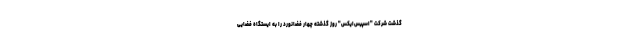
گذشت شرکت "اسپیس‌ایکس" روز گذشته چهار فضانورد را به ایستگاه فضایی